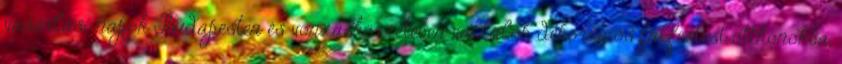
vásárlási napok Budapesten és vonzáskörzetében vállalok dekorációs falfestést otthonokba,